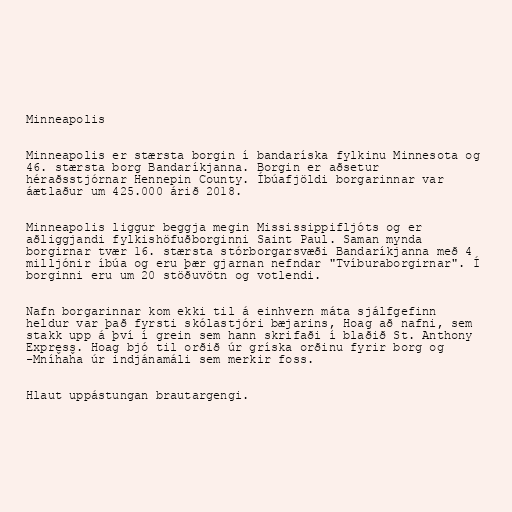
Minneapolis

Minneapolis er stærsta borgin í bandaríska fylkinu Minnesota og
46. stærsta borg Bandaríkjanna. Borgin er aðsetur
héraðsstjórnar Hennepin County. Íbúafjöldi borgarinnar var
áætlaður um 425.000 árið 2018.

Minneapolis liggur beggja megin Mississippifljóts og er
aðliggjandi fylkishöfuðborginni Saint Paul. Saman mynda
borgirnar tvær 16. stærsta stórborgarsvæði Bandaríkjanna með 4
milljónir íbúa og eru þær gjarnan nefndar "Tvíburaborgirnar". Í
borginni eru um 20 stöðuvötn og votlendi.

Nafn borgarinnar kom ekki til á einhvern máta sjálfgefinn
heldur var það fyrsti skólastjóri bæjarins, Hoag að nafni, sem
stakk upp á því í grein sem hann skrifaði í blaðið St. Anthony
Express. Hoag bjó til orðið úr gríska orðinu fyrir borg og
-Mníȟaȟa úr indjánamáli sem merkir foss.

Hlaut uppástungan brautargengi.